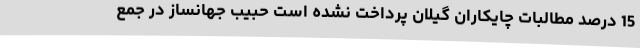
15 درصد مطالبات چایکاران گیلان پرداخت نشده است حبیب جهانساز در جمع